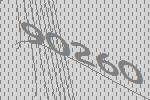
90260